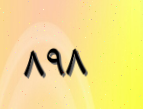
٨٩٨